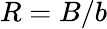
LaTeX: R=B/b